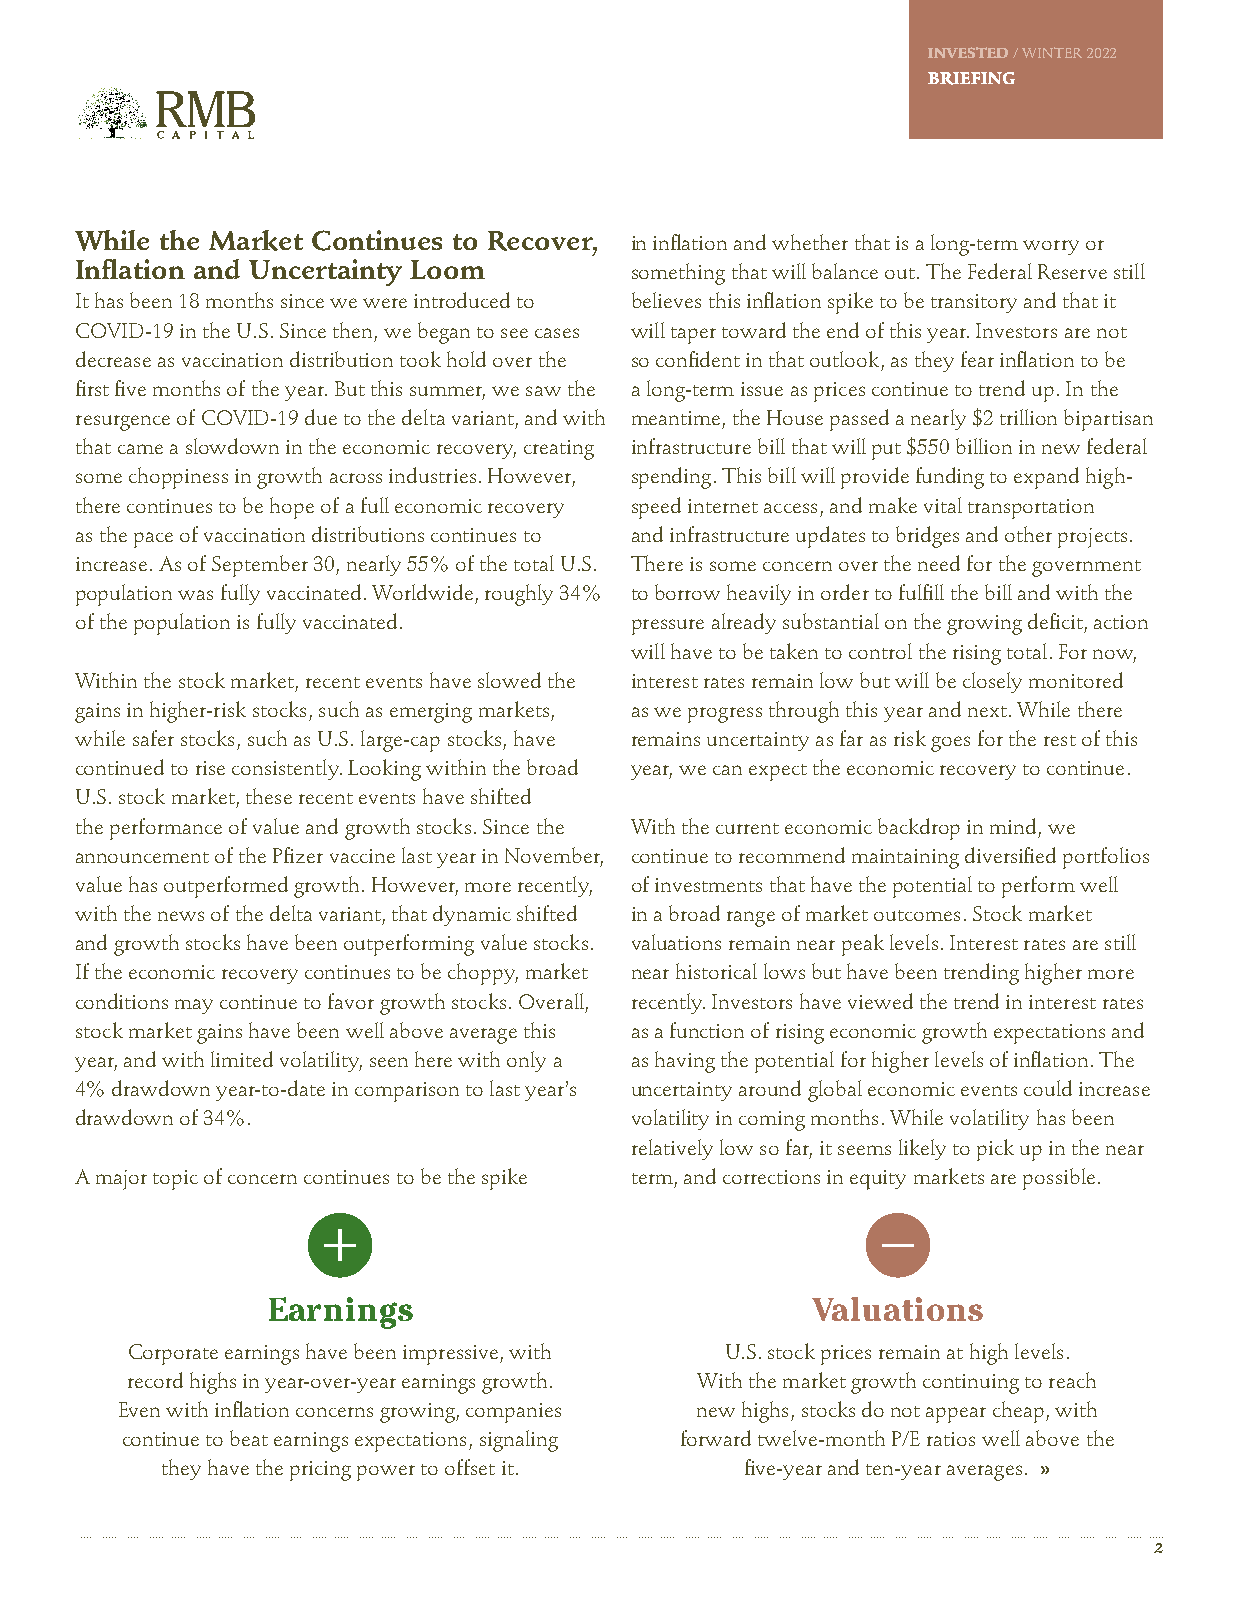
INVESTED / WINTER 2022
 BRIEFING
 While the Market Continues to Recover, in inflation and whether that is a long-term worry or
 Inflation and Uncertainty Loom       something that will balance out. The Federal Reserve still
 It has been 18 months since we were introduced to believes this inflation spike to be transitory and that it
 COVID-19 in the U.S. Since then, we began to see cases will taper toward the end of this year. Investors are not
 decrease as vaccination distribution took hold over the so confident in that outlook, as they fear inflation to be
 first five months of the year. But this summer, we saw the a long-term issue as prices continue to trend up. In the
 resurgence of COVID-19 due to the delta variant, and with meantime, the House passed a nearly $2 trillion bipartisan
 that came a slowdown in the economic recovery, creating infrastructure bill that will put $550 billion in new federal
 some choppiness in growth across industries. However, spending. This bill will provide funding to expand high-
 there continues to be hope of a full economic recovery speed internet access, and make vital transportation
 as the pace of vaccination distributions continues to and infrastructure updates to bridges and other projects.
 increase. As of September 30, nearly 55% of the total U.S. There is some concern over the need for the government
 population was fully vaccinated. Worldwide, roughly 34% to borrow heavily in order to fulfill the bill and with the
 of the population is fully vaccinated. pressure already substantial on the growing deficit, action
 will have to be taken to control the rising total. For now,
 Within the stock market, recent events have slowed the interest rates remain low but will be closely monitored
 gains in higher-risk stocks, such as emerging markets, as we progress through this year and next. While there
 while safer stocks, such as U.S. large-cap stocks, have remains uncertainty as far as risk goes for the rest of this
 continued to rise consistently. Looking within the broad year, we can expect the economic recovery to continue.
 U.S. stock market, these recent events have shifted
 the performance of value and growth stocks. Since the With the current economic backdrop in mind, we
 announcement of the Pfizer vaccine last year in November, continue to recommend maintaining diversified portfolios
 value has outperformed growth. However, more recently, of investments that have the potential to perform well
 with the news of the delta variant, that dynamic shifted in a broad range of market outcomes. Stock market
 and growth stocks have been outperforming value stocks. valuations remain near peak levels. Interest rates are still
 If the economic recovery continues to be choppy, market near historical lows but have been trending higher more
 conditions may continue to favor growth stocks. Overall, recently. Investors have viewed the trend in interest rates
 stock market gains have been well above average this as a function of rising economic growth expectations and
 year, and with limited volatility, seen here with only a as having the potential for higher levels of inflation. The
 4% drawdown year-to-date in comparison to last year’s uncertainty around global economic events could increase
 drawdown of 34%.                     volatility in coming months. While volatility has been
 relatively low so far, it seems likely to pick up in the near
 A major topic of concern continues to be the spike term, and corrections in equity markets are possible.
 Earnings                            Valuations
 Corporate earnings have been impressive, with U.S. stock prices remain at high levels.
 record highs in year-over-year earnings growth. With the market growth continuing to reach
 Even with inflation concerns growing, companies new highs, stocks do not appear cheap, with
 continue to beat earnings expectations, signaling forward twelve-month P/E ratios well above the
 they have the pricing power to offset it. five-year and ten-year averages. »
 2